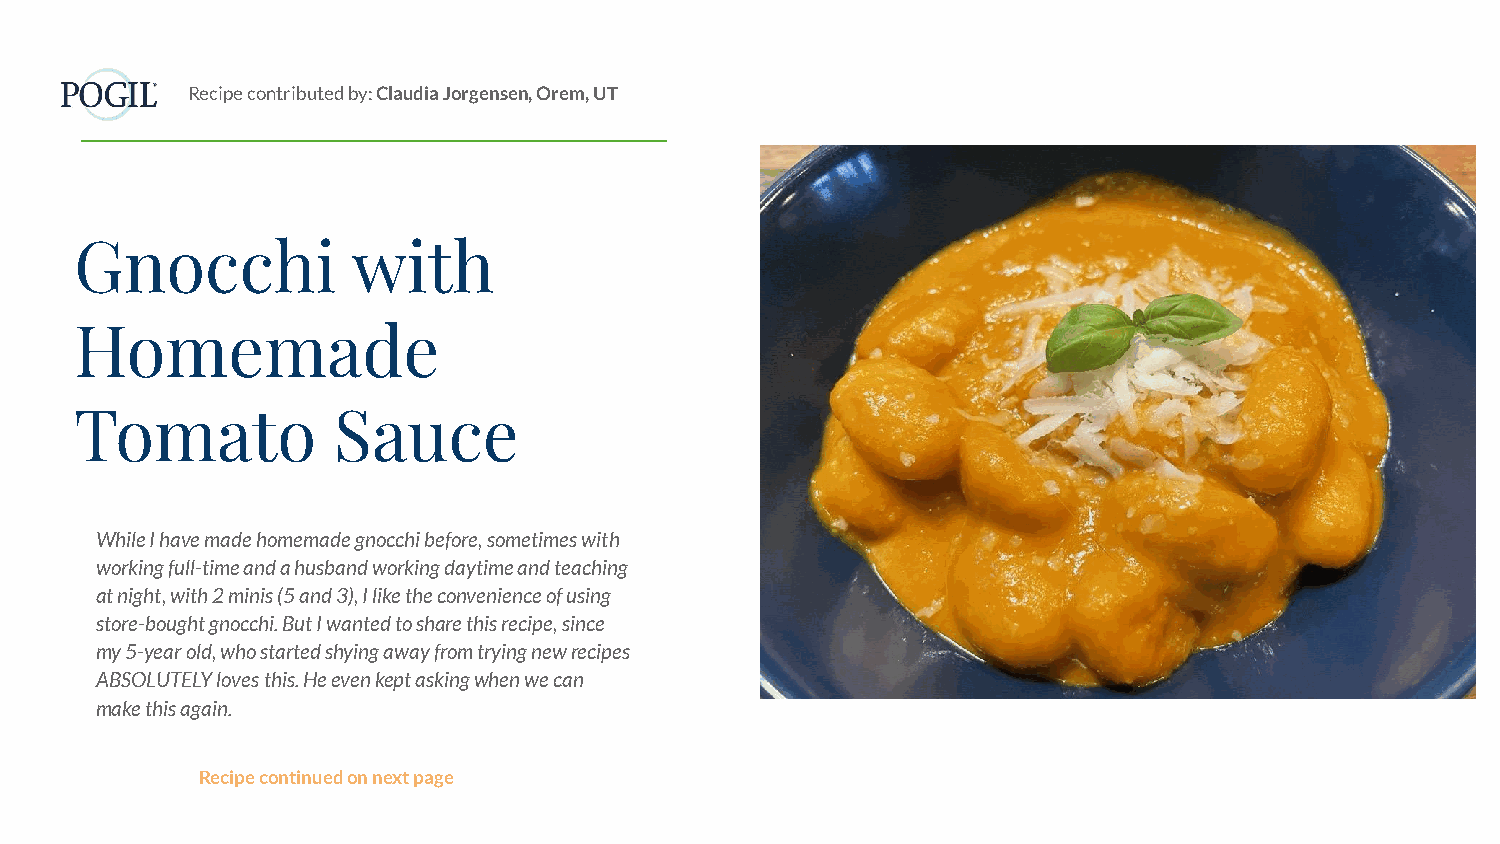
Recipe contributed by: Claudia Jorgensen, Orem, UT
 Gnocchi           with
 Homemade
 Tomato           Sauce
 While I have made homemade gnocchi before, sometimes with
 working full-time and a husband working daytime and teaching
 at night, with 2 minis (5 and 3), I like the convenience of using
 store-bought gnocchi. But I wanted to share this recipe, since
 my 5-year old, who started shying away from trying new recipes
 ABSOLUTELY loves this. He even kept asking when we can
 make this again.
 Recipe continued on next page